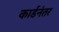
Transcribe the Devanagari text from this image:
कार्डनंतर